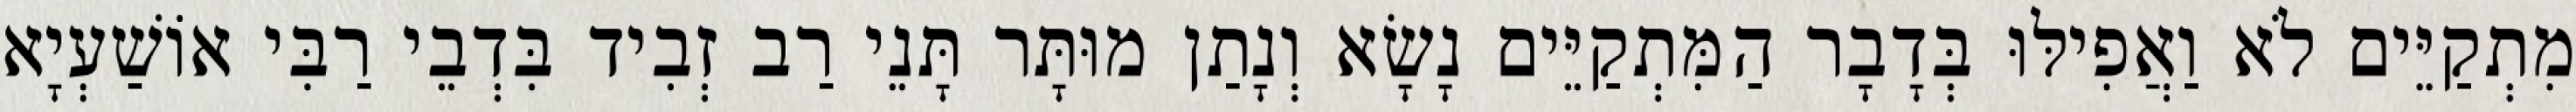
מִתְקַיֵּים לֹא וַאֲפִילּוּ בְּדָבָר הַמִּתְקַיֵּים נָשָׂא וְנָתַן מוּתָּר תָּנֵי רַב זְבִיד בִּדְבֵי רַבִּי אוֹשַׁעְיָא